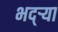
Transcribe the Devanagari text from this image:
भद्‌ऱ्या